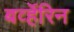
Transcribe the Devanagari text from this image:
बर्व्हेरिन